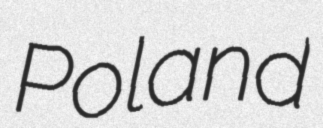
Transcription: Poland